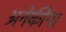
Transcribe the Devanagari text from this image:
अनेकींना